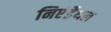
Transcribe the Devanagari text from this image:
निएंर्डेथल